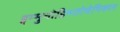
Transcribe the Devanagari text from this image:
इम्मुनोहिस्तोचेमिकल